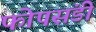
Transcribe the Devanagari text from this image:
फोपसंडी